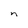
Character: n